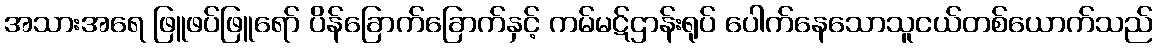
အသားအရေ ဖြူဖပ်ဖြူရော် ပိန်ခြောက်ခြောက်နှင့် ကမ်မဋ်ဌာန်းရုပ် ပေါက်နေသောသူငယ်တစ်ယောက်သည်